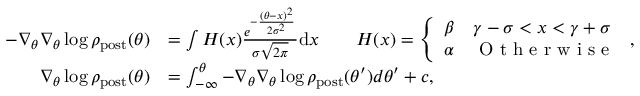
\begin{array} { r l } { - \nabla _ { \theta } \nabla _ { \theta } \log \rho _ { \mathrm { p o s t } } ( \theta ) } & { = \int H ( x ) \frac { e ^ { - \frac { ( \theta - x ) ^ { 2 } } { 2 \sigma ^ { 2 } } } } { \sigma \sqrt { 2 \pi } } \mathrm { d } x \qquad H ( x ) = \left\{ \begin{array} { l l } { \beta } & { \gamma - \sigma < x < \gamma + \sigma } \\ { \alpha } & { \textrm { O t h e r w i s e } } \end{array} \right. , } \\ { \nabla _ { \theta } \log \rho _ { \mathrm { p o s t } } ( \theta ) } & { = \int _ { - \infty } ^ { \theta } - \nabla _ { \theta } \nabla _ { \theta } \log \rho _ { \mathrm { p o s t } } ( \theta ^ { \prime } ) d \theta ^ { \prime } + c , } \end{array}